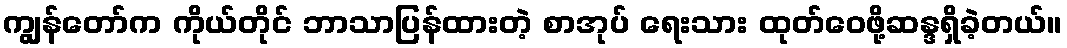
ကျွန်တော်က ကိုယ်တိုင် ဘာသာပြန်ထားတဲ့ စာအုပ် ရေးသား ထုတ်ဝေဖို့ဆန္ဒရှိခဲ့တယ်။